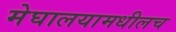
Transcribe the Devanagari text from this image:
मेघालयामधीलच